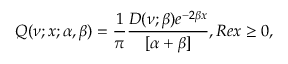
Q ( \nu ; x ; \alpha , \beta ) = \frac { 1 } { \pi } \frac { D ( \nu ; \beta ) e ^ { - 2 \beta x } } { [ \alpha + \beta ] } , R e x \geq 0 ,